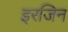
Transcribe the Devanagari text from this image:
इरजिन